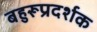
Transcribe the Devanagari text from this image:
बहुरूप्रदर्शक